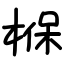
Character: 椺